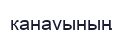
канауының